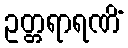
ဥတ္တရာရဏိံ